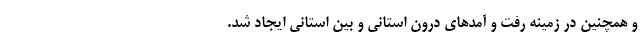
و همچنین در زمینه رفت و آمدهای درون استانی و بین استانی ایجاد شد.